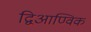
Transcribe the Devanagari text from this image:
द्विआण्विक